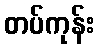
တပ်ကုန်း